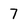
Character: 7